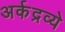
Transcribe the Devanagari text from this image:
अर्कद्रव्ये